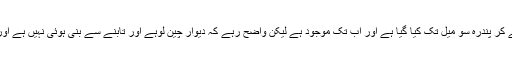
ان میں سے سب سے زیادہ مشہور دیوارِ چین ہے جس کی لمبائی کا اندازہ بارہ سو میل سے لے کر پندرہ سو میل تک کیا گیا ہے اور اب تک موجود ہے لیکن واضح رہے کہ دیوارِ چین لوہے اور تابنے سے بنی ہوئی نہیں ہے اور نہ وہ کسی چھوٹے کوہستانی درّے میں ہے ، وہ ایک عام مصالحے سے بنی ہوئی دیوار ہے۔